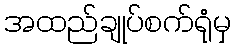
အထည်ချုပ်စက်ရုံမှ